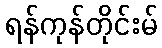
ရန်ကုန်တိုင်းမ်